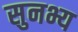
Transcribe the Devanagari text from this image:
सुनभ्य